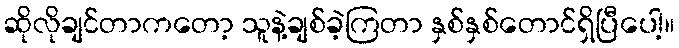
ဆိုလိုချင်တာကတော့ သူနဲ့ချစ်ခဲ့ကြတာ နှစ်နှစ်တောင်ရှိပြီပေါ့။